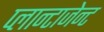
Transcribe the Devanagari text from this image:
प्लान्टाजेन्ट